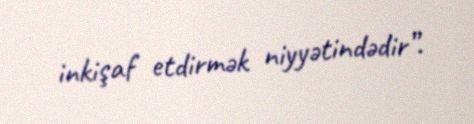
inkişaf etdirmək niyyətindədir”.